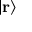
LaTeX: \vert \mathbf { r } \rangle